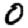
Digit: 0